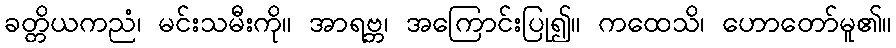
ခတ္တိယကညံ၊ မင်းသမီးကို။ အာရဗ္ဘ၊ အကြောင်းပြု၍။ ကထေသိ၊ ဟောတော်မူ၏။